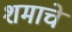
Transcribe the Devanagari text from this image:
शमाचे